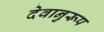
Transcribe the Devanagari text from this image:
देवानुरूप